Civil Veterinary Department Bihar & Orissa reports 1922-29 - 1922-1929
Year: 1922
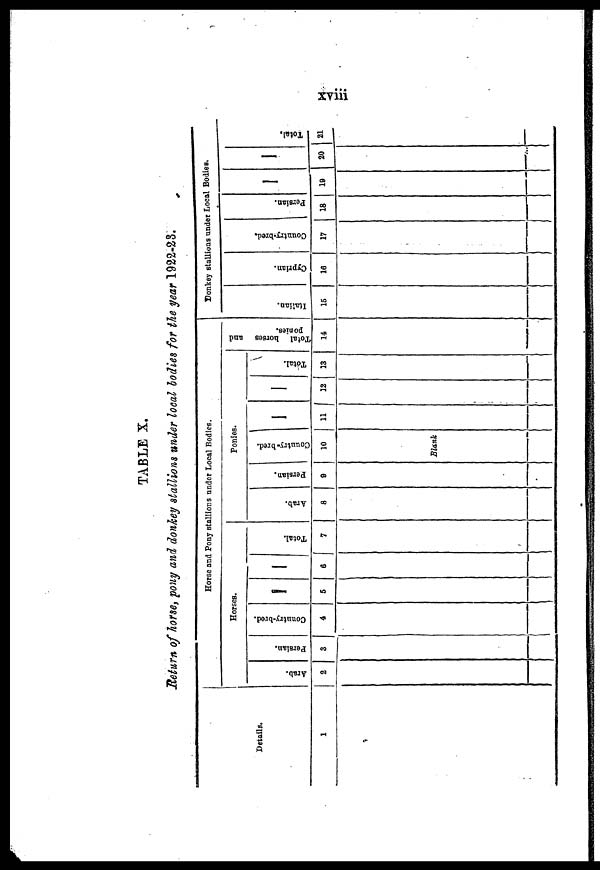
xviii
TABLE X.
Return of horse, pony and donkey stallions under local bodies for the year 1922-23.
Details.
1
Horse and Pony stallions under Local Bodies.
Horses.
Arab.
2
Persian.
3
Country-brod.
4
-
5
-
6
Total.
7
Ponies.
Arab.
8
Persian.
9
Country-bred.
10
Blank
-
11
-
12
Total.
13
Total horses and
ponies.
14
Donkey stallions under Local Bodies.
I t al i an.
15
Cyprian.
16
Country-bred.
17
Porsian.
18
-
19
-
20
Total.
21